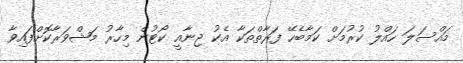
މައްސަލަ ހައްލު ކުރުމަށް ކަމާބެހޭ ފަރާތްތަކާ އެކު ޖިނާއީ ކޯޓުން މިހާރު މަޝްވަރާކޮށްފައިވާ